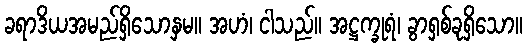
ခရာဒိယအမည်ရှိသောနှမ။ အဟံ၊ ငါသည်။ အဋ္ဌက္ခုရံ၊ ခွာရှစ်ခုရှိသော။